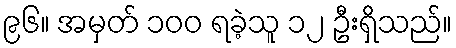
၉၆။ အမှတ် ၁၀၀ ရခဲ့သူ ၁၂ ဦးရှိသည်။